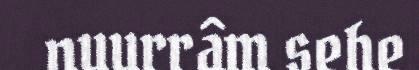
nuurrâm sehe